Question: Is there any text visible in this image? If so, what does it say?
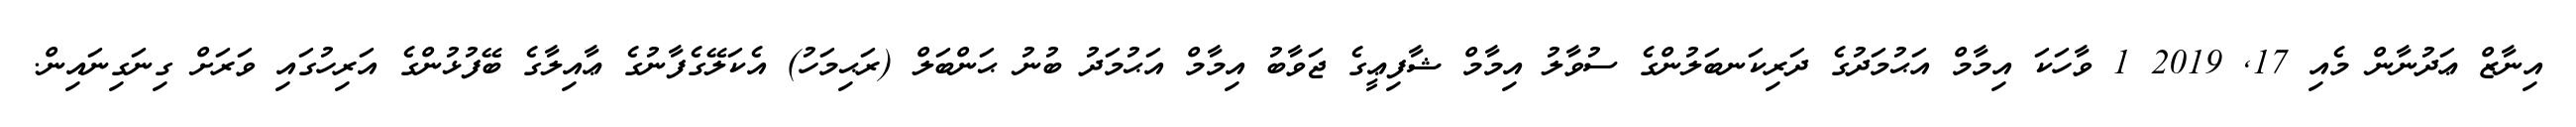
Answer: އިނާޒް ޢަދުނާން މެއި 17, 2019 1 ވާހަކަ އިމާމް އަޙުމަދުގެ ދަރިކަނބަލުންގެ ސުވާލު އިމާމް ޝާފިޢީގެ ޖަވާބު އިމާމް އަޙުމަދު ބުނު ޙަންބަލް (ރަޙިމަހު) އެކަލޭގެފާނުގެ ޢާއިލާގެ ބޭފުޅުންގެ އަރިހުގައި ވަރަށް ގިނަގިނައިން.